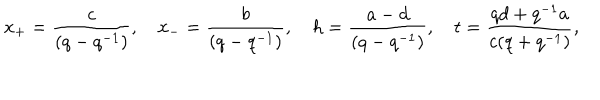
LaTeX: x _ { + } = \frac { c } { ( q - q ^ { - 1 } ) } , \quad x _ { - } = \frac { b } { ( q - q ^ { - 1 } ) } , \quad h = \frac { a - d } { ( q - q ^ { - 1 } ) } , \quad t = \frac { q d + q ^ { - 1 } a } { c ( q + q ^ { - 1 } ) } ,